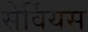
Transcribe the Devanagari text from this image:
सेर्वियस